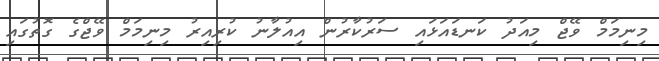
މިނިމަމް ވޭޖް މިއަދު ކަނޑައަޅައި ސަރުކާރުން އިއުލާނު ކުރިއިރު މިނިމަމް ވޭޖްގެ ގޮތުގައި